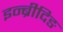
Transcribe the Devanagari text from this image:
इन्ब्रीदिङ